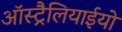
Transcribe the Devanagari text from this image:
ऑस्ट्रैलियाईयो